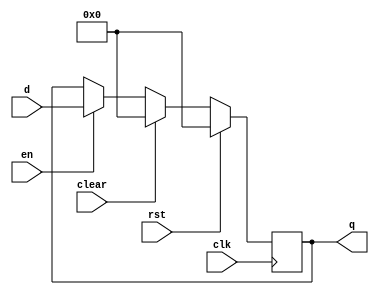
`timescale 1ns / 1ps
//////////////////////////////////////////////////////////////////////////////////
// Company: 
// Engineer: 
// 
// Design Name: 
// Module Name: flopenrc
// Project Name: 
// Target Devices: 
// Tool Versions: 
// Description: 
// 
// Dependencies: 
// 
// Revision:
// Revision 0.01 - File Created
// Additional Comments:
// 
//////////////////////////////////////////////////////////////////////////////////

//flip-flop with enable,rst,clear
module flopenrc #(parameter WIDTH = 8)(
	input wire clk,rst,en,clear,
	input wire[WIDTH-1:0] d,
	output reg[WIDTH-1:0] q
    );
	always @(posedge clk) begin
		if(rst) begin
			q <= 0;
		end else if(clear) begin
			q <= 0;
		end else if(en) begin
			/* code */
			q <= d;
		end
	end
endmodule